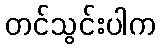
တင်သွင်းပါက